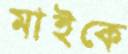
মাইকে